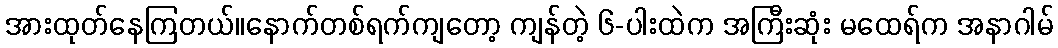
အားထုတ်နေကြတယ်။နောက်တစ်ရက်ကျတော့ ကျန်တဲ့ ၆-ပါးထဲက အကြီးဆုံး မထေရ်က အနာဂါမ်